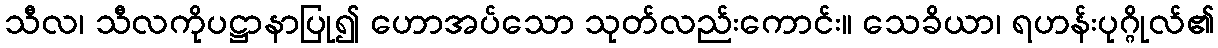
သီလ၊ သီလကိုပဋ္ဌာနာပြု၍ ဟောအပ်သော သုတ်လည်းကောင်း။ သေခိယာ၊ ရဟန်းပုဂ္ဂိုလ်၏